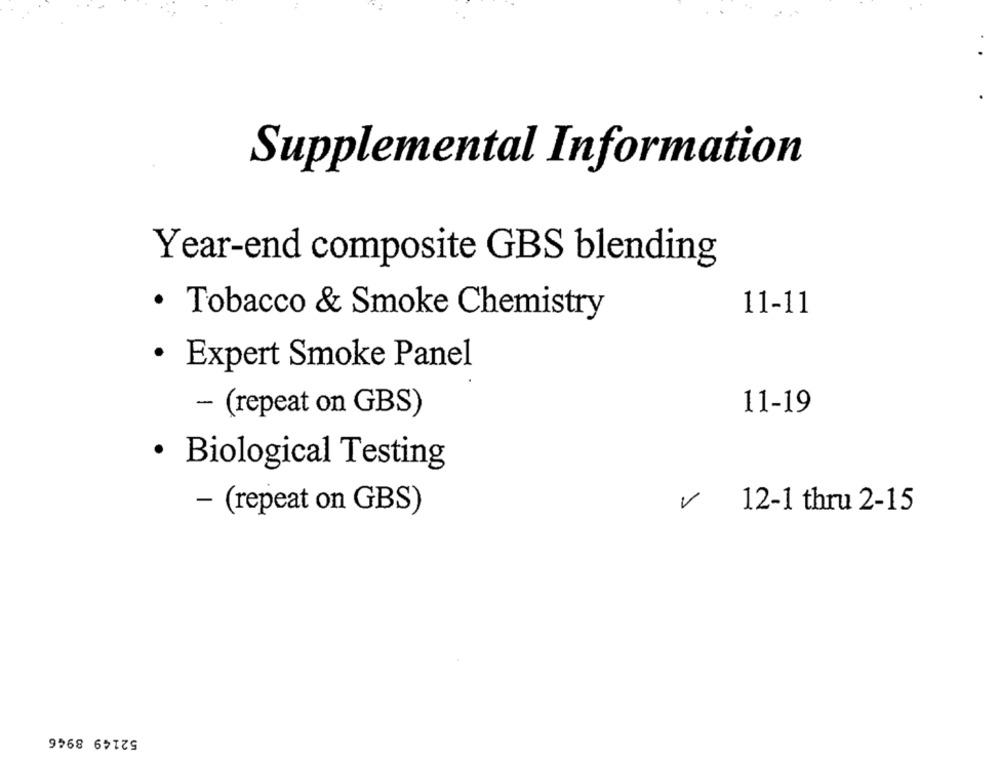
Supplemental Information
Year-end composite GBS blending
11-11
· Tobacco & Smoke Chemistry
· Expert Smoke Panel
11-19
- (repeat on GBS)
· Biological Testing
- (repeat on GBS)
12-1 thru 2-15
52149 8946